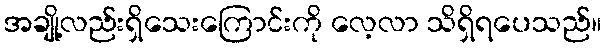
အချို့လည်းရှိသေးကြောင်းကို လေ့လာ သိရှိရပေသည်။